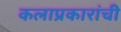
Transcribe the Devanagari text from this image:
कलाप्रकारांची